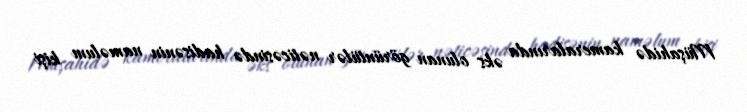
Müşahidə kameralarında əks olunan görüntülər nəticəsində hadisənin naməlum kişi